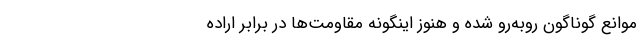
موانع گوناگون رو‌به‌رو شده و هنوز اینگونه مقاومت‌ها در برابر اراده